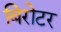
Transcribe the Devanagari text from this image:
बिरोटर